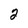
Character: 2